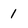
Character: 1